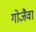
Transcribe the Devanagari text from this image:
गोजैवा